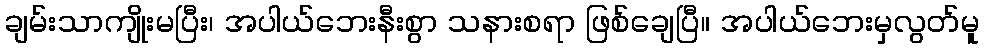
ချမ်းသာကျိုးမပြီး၊ အပါယ်ဘေးနီးစွာ သနားစရာ ဖြစ်ချေပြီ။ အပါယ်ဘေးမှလွတ်မူ